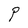
Character: P